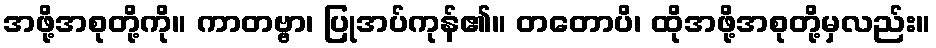
အဖို့အစုတို့ကို။ ကာတဗ္ဗာ၊ ပြုအပ်ကုန်၏။ တတောပိ၊ ထိုအဖို့အစုတို့မှလည်း။